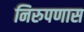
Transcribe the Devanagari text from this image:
निरुपणास